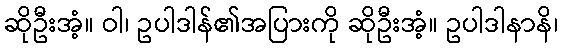
ဆိုဦးအံ့။ ဝါ၊ ဥပါဒါန်၏အပြားကို ဆိုဦးအံ့။ ဥပါဒါနာနိ၊